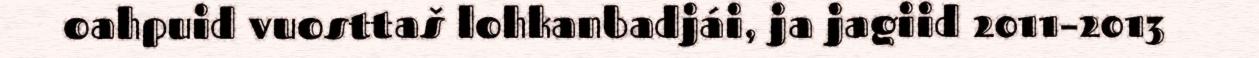
oahpuid vuosttaš lohkanbadjái, ja jagiid 2011–2013